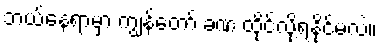
ဘယ်နေရာမှာ ကျွန်တော် ခဏ ထိုင်လို့ရနိုင်မလဲ။